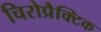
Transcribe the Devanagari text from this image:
चिरोप्रैक्टिक